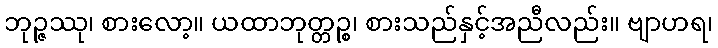
ဘုဉ္ဇဿု၊ စားလော့။ ယထာဘုတ္တဉ္စ၊ စားသည်နှင့်အညီလည်း။ ဗျာဟရ၊